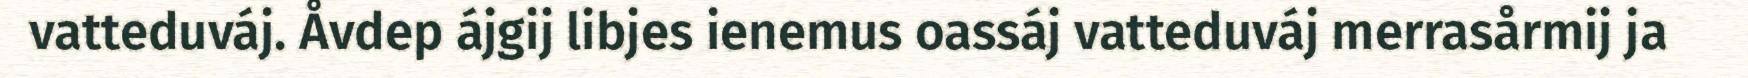
vatteduváj. Åvdep ájgij libjes ienemus oassáj vatteduváj merrasårmij ja